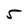
Character: 5